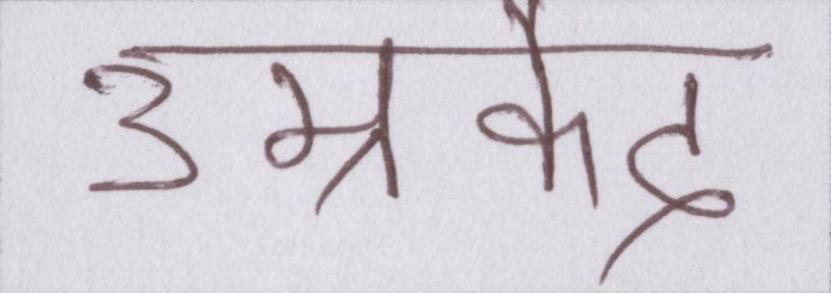
उम्रकैद